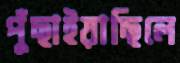
পুঁছাইয়াছিলে